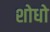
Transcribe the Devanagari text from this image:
शोधो